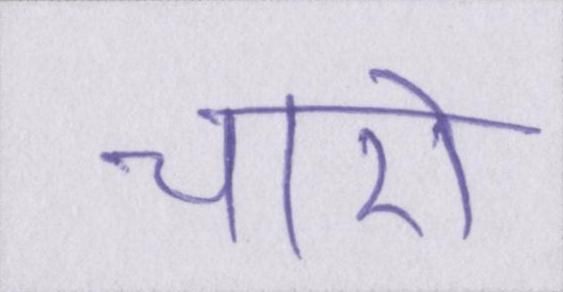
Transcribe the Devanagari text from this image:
चारो